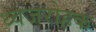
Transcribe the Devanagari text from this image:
ध्वजरोहक